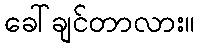
ခေါ်ချင်တာလား။